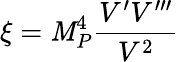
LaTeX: \xi=\mathit{M}_{P}^{4}\frac{{V^{\prime}V^{\prime\prime\prime}}}{{V^{2}}}